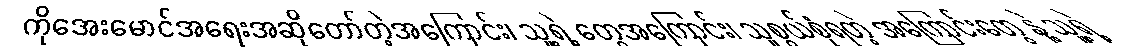
ကိုအေးမောင်အရေးအဆိုတော်တဲ့အကြောင်း၊ သူ့ရဲ့ တွေအကြောင်း၊ သူစွယ်စုံရတဲ့ အကြောင်းတွေ နဲ့ သူ့ရဲ့